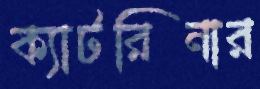
ক্যাটরিনার